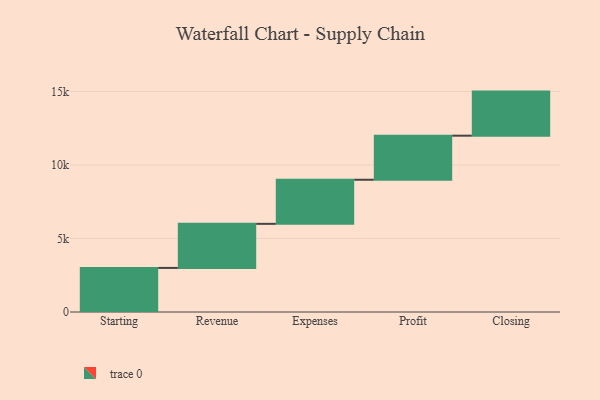
{"axis": {"x": "Step", "y": "Value"}, "legend": [""], "data": [{"x": "Starting", "y": 3000, "type": ""}, {"x": "Revenue", "y": 3000, "type": ""}, {"x": "Expenses", "y": 3000, "type": ""}, {"x": "Profit", "y": 3000, "type": ""}, {"x": "Closing", "y": 3000, "type": ""}]}